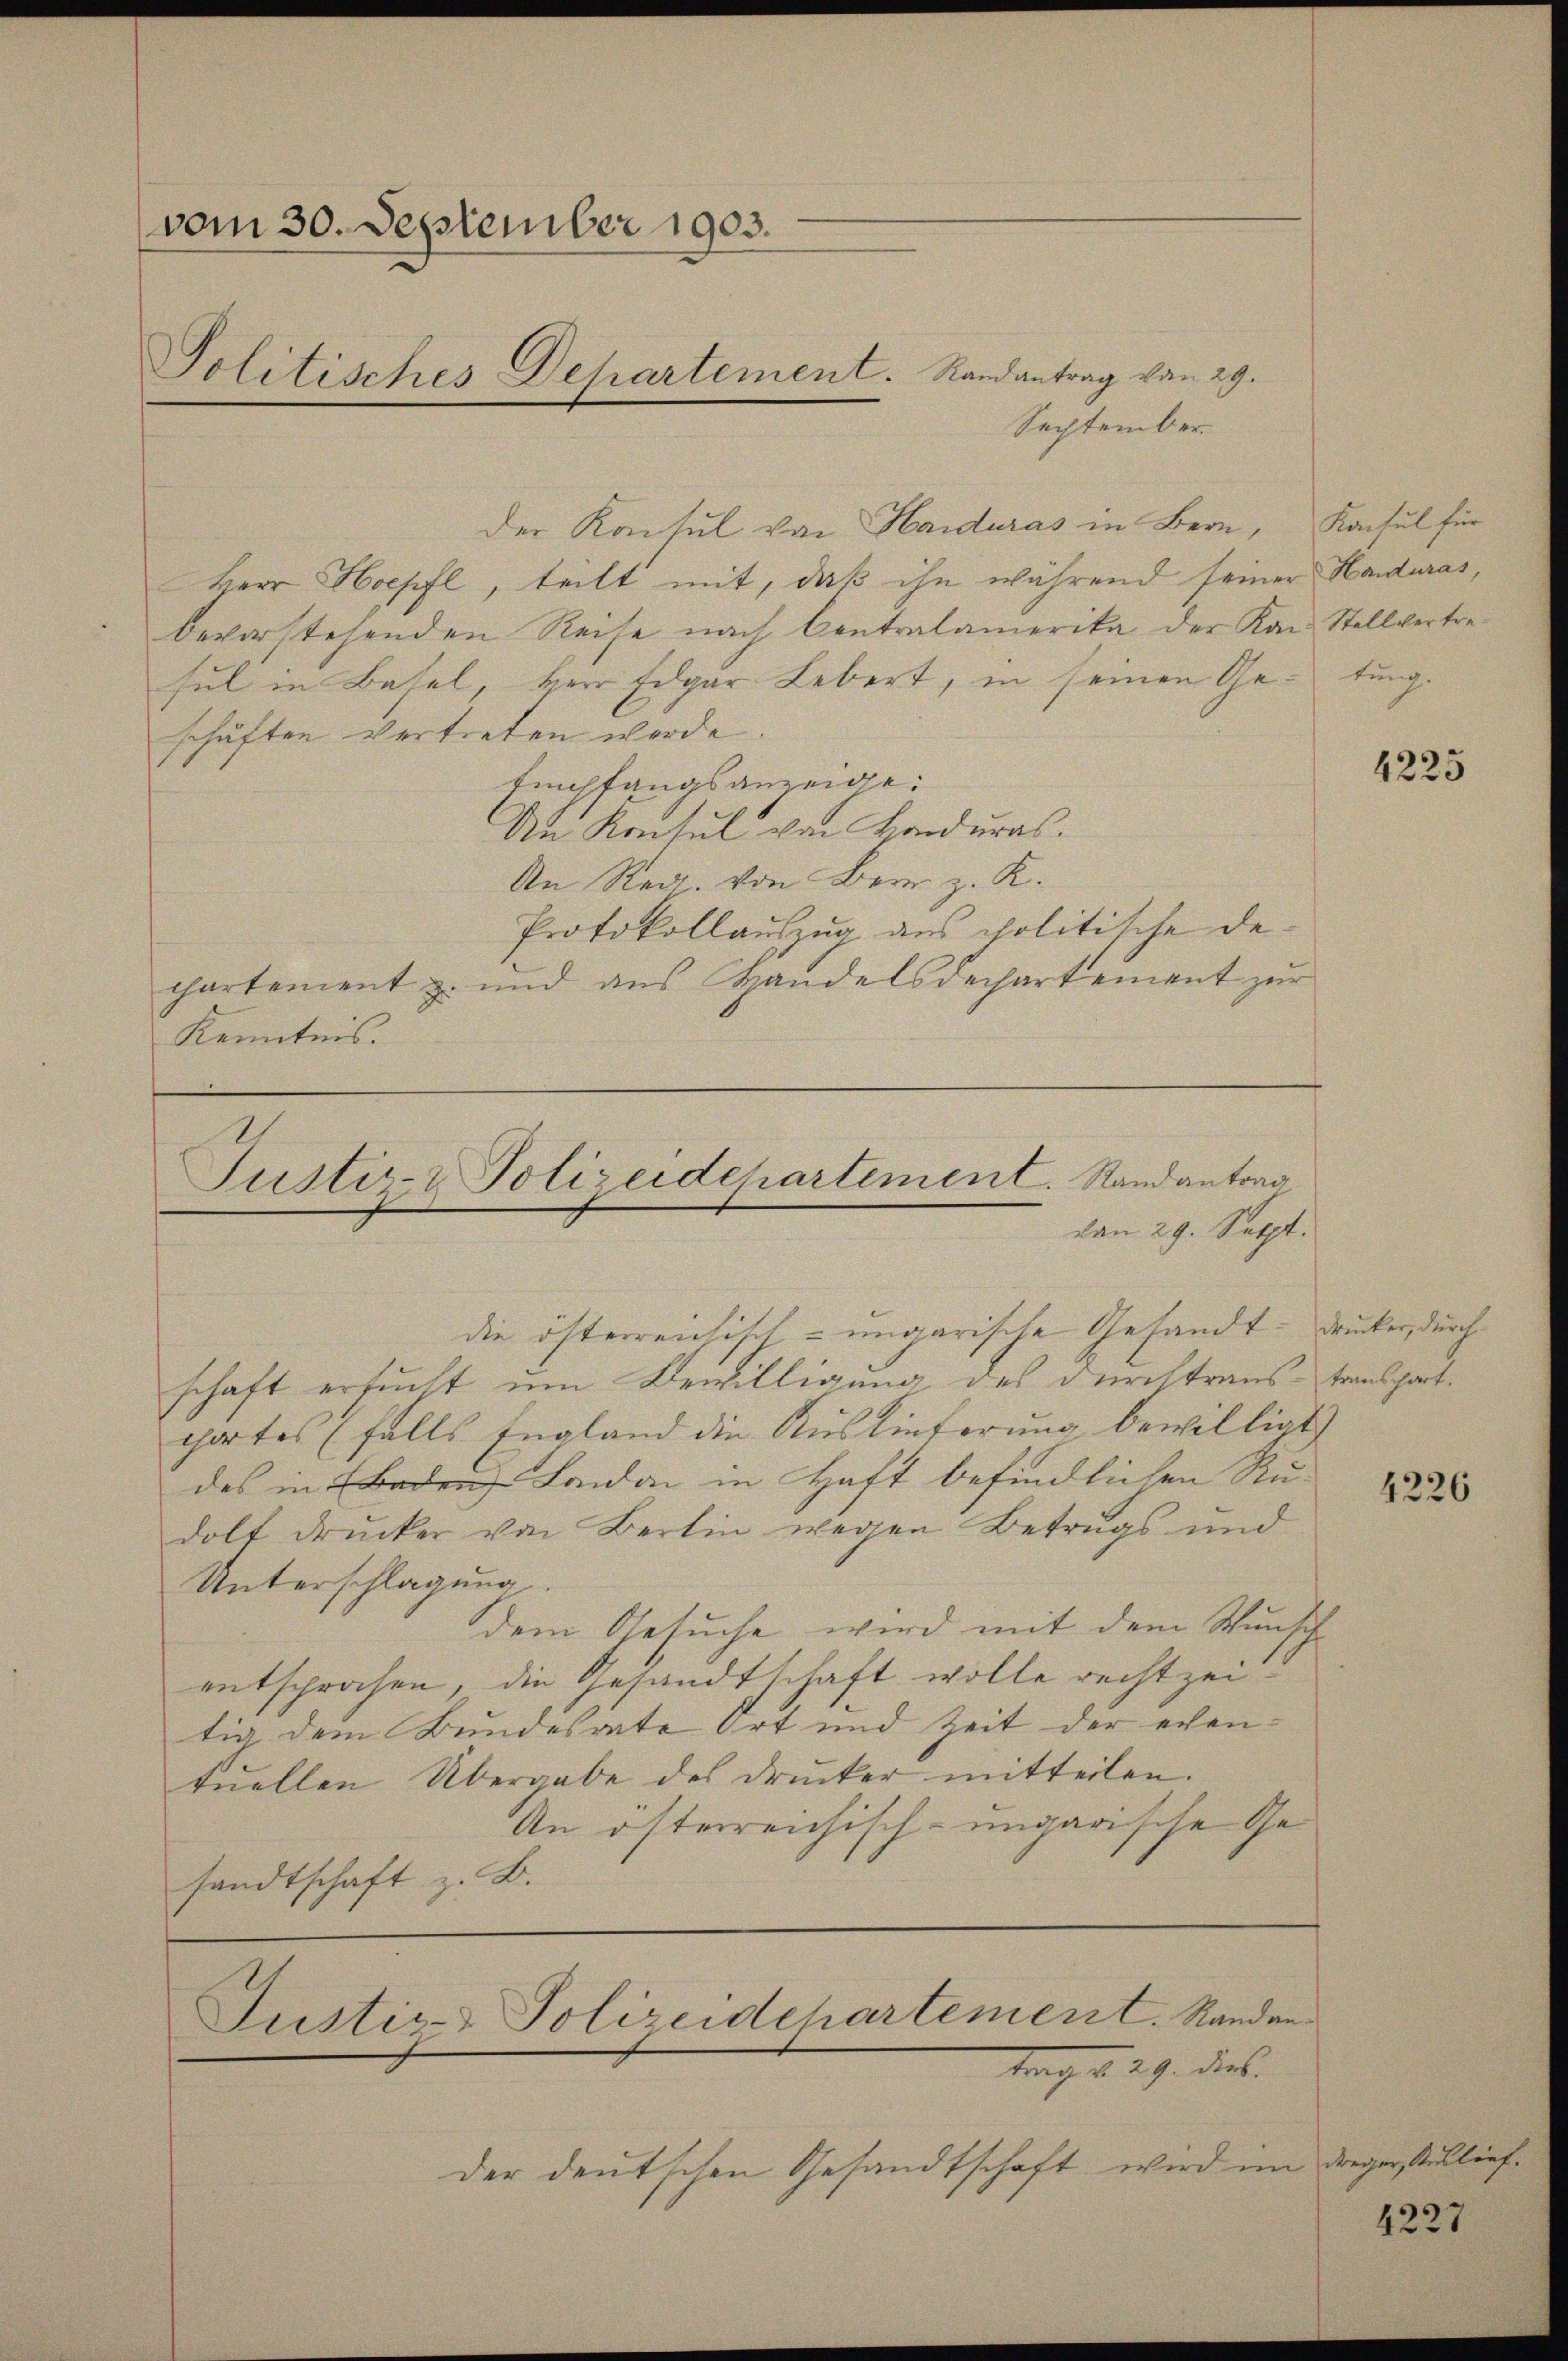
vom 30. September 1903.
Politisches Departement. Randantrag von 29.

September.
Herr Hoepfl, teilt mit, daß ihn während seiner Handuras,
bevorstehenden Reise nach Centralamerika der Kan Stellvertresul in Basel, Herr Fogar Lebert, in seinen Geschäften vertreten werde.
Empfangsanzeige:
An Konsul von Honduras.
An Red. von Bern z. K.
Protokollauszug aus politische Dechartement z. und aus Handelsdechartement zur
Kenntnis.

Justiz- & Polizeidepartement. Randantrag
von 29. Sept.

die österreichisch-ungarische Gesandtschaft ersucht um Bewilligung des Durchtraus transchatchortes (falls England die Auslieferung bewilligt
des in Baden London in Haft befindlichen Ru-
dolt drucker von Bertin wegen Betrugs und
Unterschlagung.
dem Gesuche wird mit dem Wunsch
entsprochen, die Gesandtschaft wolle rechtzeitig dem Bundesrate Ort und Zeit der eventŭellen Übergabe des drucker mitteilen.
An österreichisch-ungarische Gesandtschaft z. B.

der deutschen Gesandtschaft, wird in

Justiz-Polizeidehartement. Randan
tag 229. dies

der Konsul von Haiduras in Bern, Konsul für

tung.

4225

drucker, durch

4226

n dreyer, Auslief.

4227